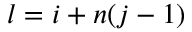
l = i + n ( j - 1 )